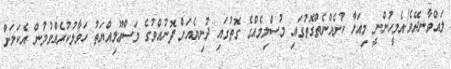
ލައްވާނދޭވެ!އެމީހުންނީ މިއަޅާ ކުށެއްނެތްގޮތުގައި މުސްލިމެއްގެ ގޮތުގައި ދުނިޔެއަށް ފޮނުއްވުގެ މަސްޢޫލިއްޔަތު ހަވާލުކުރެއްވުމުން އެކަމަށް